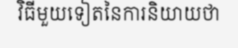
វិធីមួយទៀតនៃការនិយាយថា